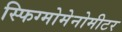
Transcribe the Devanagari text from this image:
स्फिग्मोमेनोमीटर